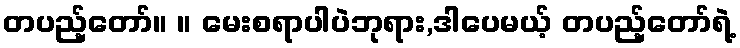
တပည့်တော်။ ။ မေးစရာပါပဲဘုရား,ဒါပေမယ့် တပည့်တော်ရဲ့